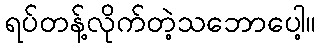
ရပ်တန့်လိုက်တဲ့သဘောပေါ့။